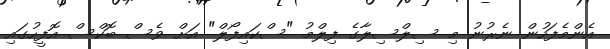
އެންމެފަހުން ނެރުނު މި ސިލްސިލާގެ ފިލްމު "ސްކައިފޯލް" އަށް ވެސް ބޮކްސް އޮފީހުގައި